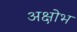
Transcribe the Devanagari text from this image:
अक्षोभ